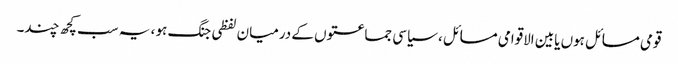
قومی مسائل ہوں یابین الاقوامی مسائل ، سیاسی جماعتوں کے درمیان لفظی جنگ ہو ، یہ سب کچھ چند۔